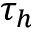
\tau _ { h }